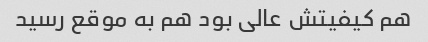
هم کیفیتش عالی بود هم به موقع رسید